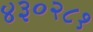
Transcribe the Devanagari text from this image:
४३०२८१